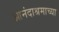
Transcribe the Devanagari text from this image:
आनंदाश्रमाच्या